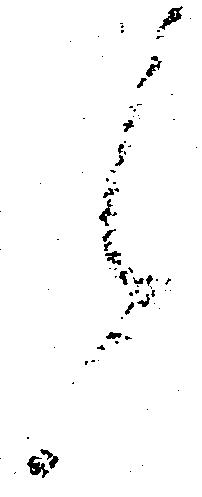
候